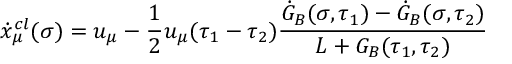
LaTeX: \dot { x } _ { \mu } ^ { c l } ( \sigma ) = u _ { \mu } - { \frac { 1 } { 2 } } u _ { \mu } ( \tau _ { 1 } - \tau _ { 2 } ) \frac { \dot { G } _ { B } ( \sigma , \tau _ { 1 } ) - \dot { G } _ { B } ( \sigma , \tau _ { 2 } ) } { L + G _ { B } ( \tau _ { 1 } , \tau _ { 2 } ) }